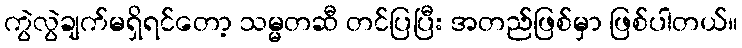
ကွဲလွဲချက်မရှိရင်တော့ သမ္မတဆီ တင်ပြပြီး အတည်ဖြစ်မှာ ဖြစ်ပါတယ်။